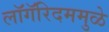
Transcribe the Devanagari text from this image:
लॉगॅरिदममुळे